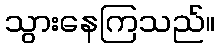
သွားနေကြသည်။